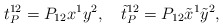
\begin{align*}t_P^{12} = P_{12} x^1 y^2, \quad \tilde{t}_P^{12} = P_{12} \tilde{x}^1 \tilde{y}^2,\end{align*}